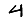
Digit: 4